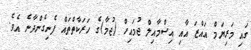
ގައި މަރިޔަމް އައްޒަ އާއި އިސްމާއިލް ޖުމައިހް (ޖުމާ)ގެ ހަރަކާތްތައް ފެނިގެންދާނެ އެވެ.